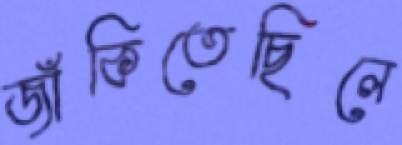
জাঁকিতেছিলে